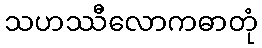
သဟဿီလောကဓာတုံ